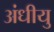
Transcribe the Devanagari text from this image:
अंधीयु